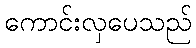
ကောင်းလှပေသည်